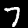
Digit: 7